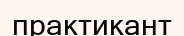
практикант